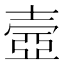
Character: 壼